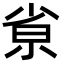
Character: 𡭽